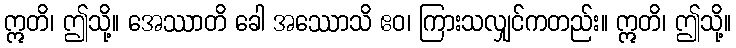
ဣတိ၊ ဤသို့။ အေဿာတိ ခေါ အဿောသိ ဧဝ၊ ကြားသလျှင်ကတည်း။ ဣတိ၊ ဤသို့။